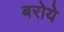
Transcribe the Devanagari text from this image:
बरोये